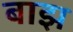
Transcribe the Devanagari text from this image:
बाझ